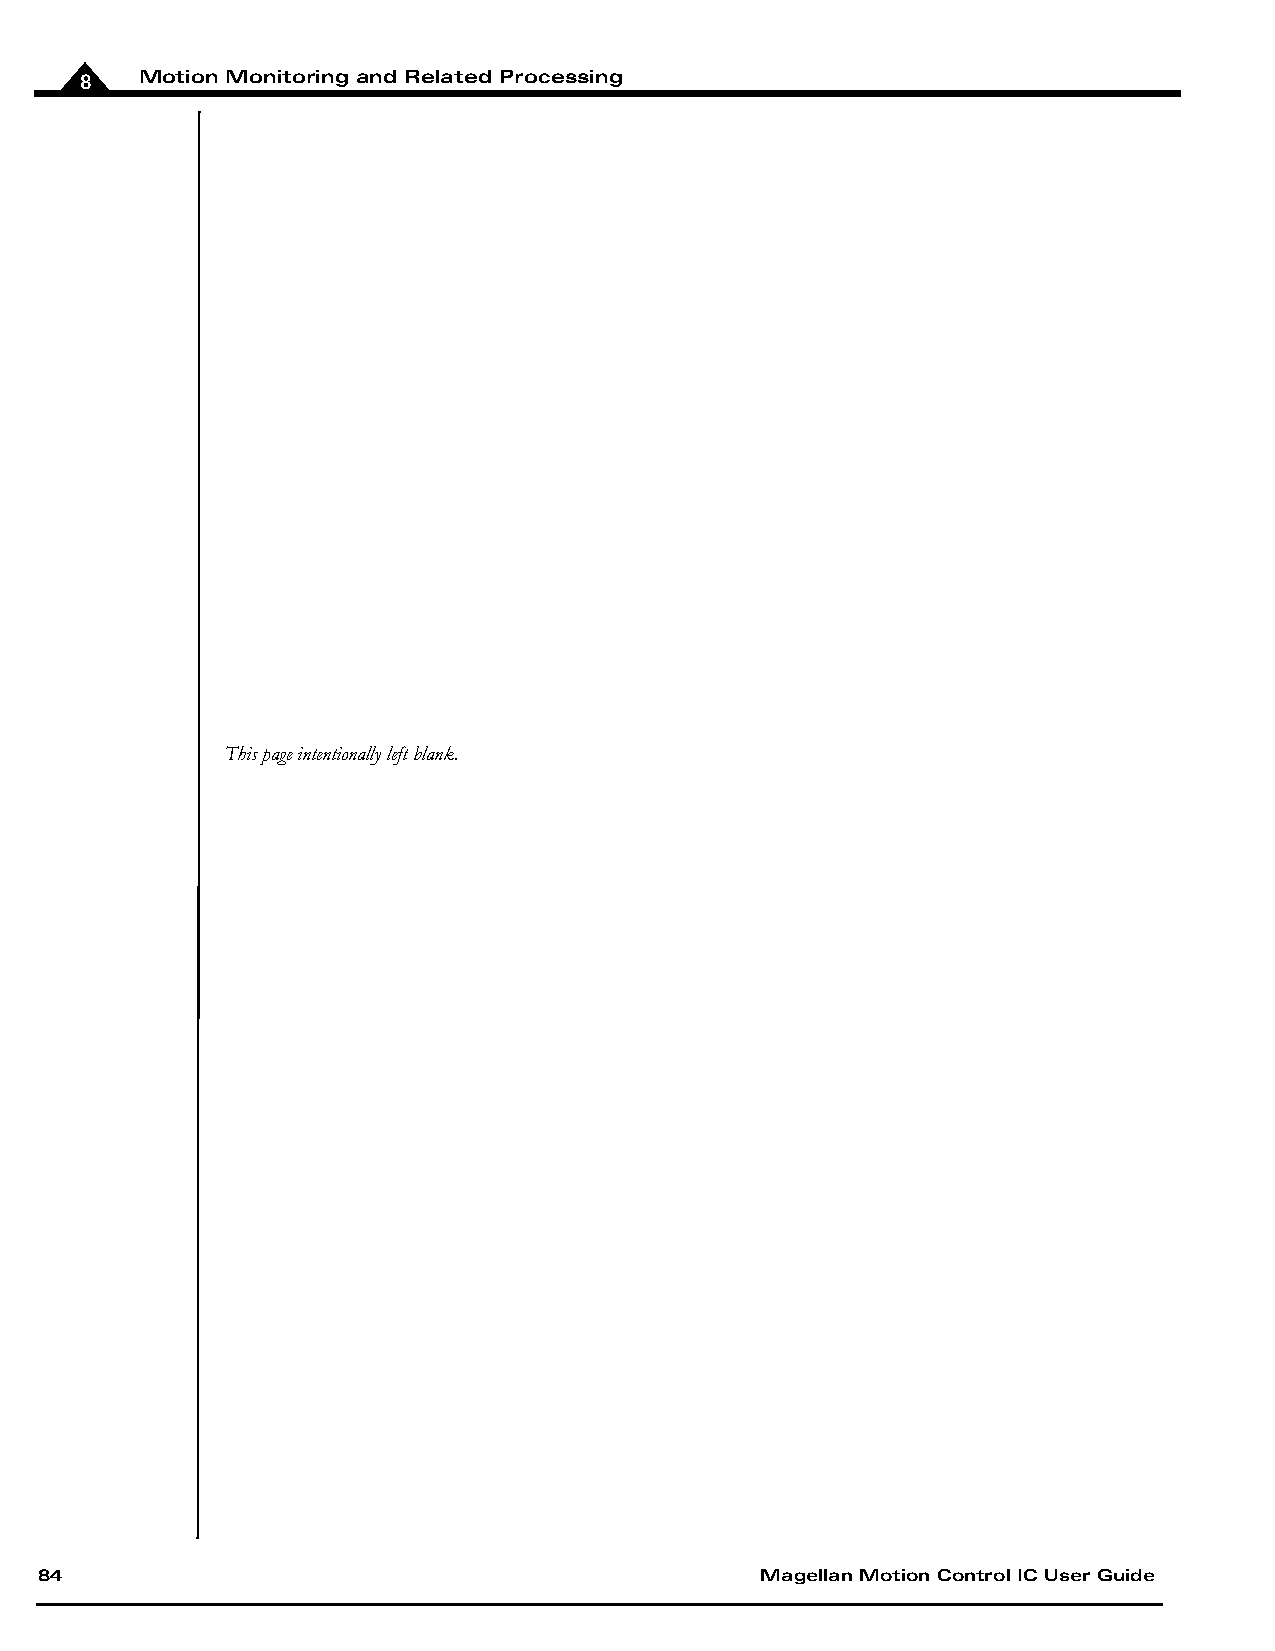
8   Motion Monitoring and Related Processing
 This page intentionally left blank.
 84                                              Magellan Motion Control IC User Guide